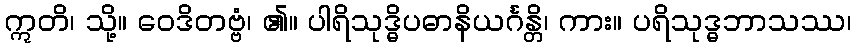
ဣတိ၊ သို့။ ဝေဒိတဗ္ဗံ၊ ၏။ ပါရိသုဒ္ဓိပဓာနိယင်္ဂန္တိ၊ ကား။ ပရိသုဒ္ဓဘာသဿ၊